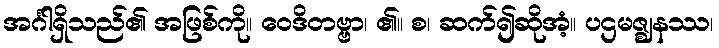
အင်္ဂါရှိသည်၏ အဖြစ်ကို။ ဝေဒိတဗ္ဗာ၊ ၏။ စ၊ ဆက်၍ဆိုအံ့။ ပဌမဇ္ဈနဿ၊